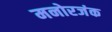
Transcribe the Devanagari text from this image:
मनोरजंक